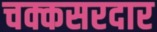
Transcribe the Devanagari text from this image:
चक्कसरदार